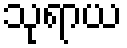
သုရာယ